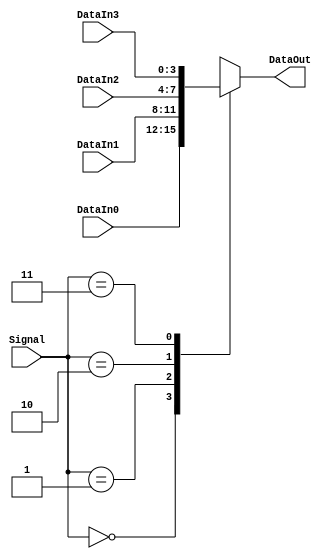
//`timescale 1ns / 1ps
//////////////////////////////////////////////////////////////////////////////////
// Company: 
// Engineer: 
// 
// Design Name: 
// Module Name: MUX4
// Project Name: 
// Target Devices: 
// Tool Versions: 
// Description: 
// 
// Dependencies: 
// 
// Revision:
// Revision 0.01 - File Created
// Additional Comments:
// 
//////////////////////////////////////////////////////////////////////////////////


module MUX4 #(parameter bits = 4)(
    input [bits-1:0] DataIn0,
    input [bits-1:0] DataIn1,
    input [bits-1:0] DataIn2,
    input [bits-1:0] DataIn3,
    input [1:0] Signal,
    output reg[bits-1:0] DataOut
    );
    
    always @(*) begin
        case (Signal)
            2'b00: DataOut = DataIn0;
            2'b01: DataOut = DataIn1;
            2'b10: DataOut = DataIn2;
            2'b11: DataOut = DataIn3;
            default: ;
        endcase
    end
    
endmodule